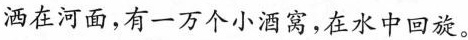
洒在河面，有一万个小酒窝，在水中回旋。